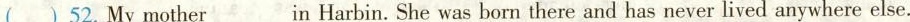
( ) 52.My mother ___ in Harbin. She was born there and has never lived anywhere else.